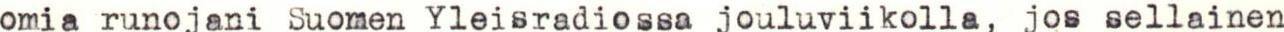
omia runojani Suomen Yleisradiossa jouluviikolla, jos sellainen